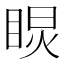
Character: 𥇏